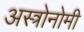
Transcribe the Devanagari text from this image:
अस्त्रोनोमी